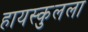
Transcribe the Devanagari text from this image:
हायस्कुलला